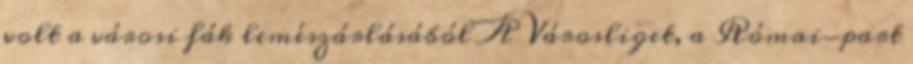
volt a városi fák lemészárlásából A Városliget, a Római-part